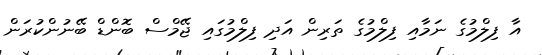
އާ ފިލްމުގެ ނަމާއި ފިލްމުގެ ތަރިން އަދި ފިލްމުގައި ޖޭމްސް ބޮންޑް ބޭނުންކުރަން